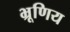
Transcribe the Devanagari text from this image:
भ्रूणिय